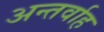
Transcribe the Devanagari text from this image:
अन्‍तर्वाह